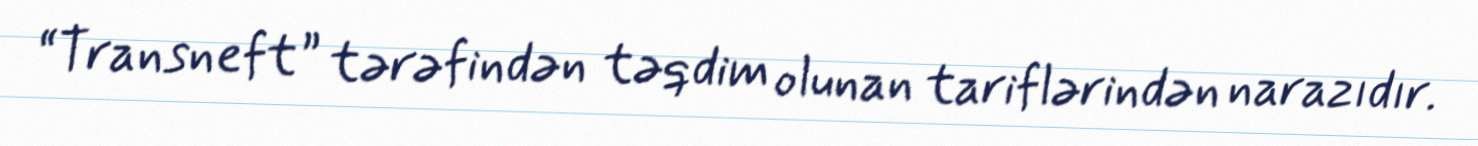
“Transneft” tərəfindən təqdim olunan tariflərindən narazıdır.